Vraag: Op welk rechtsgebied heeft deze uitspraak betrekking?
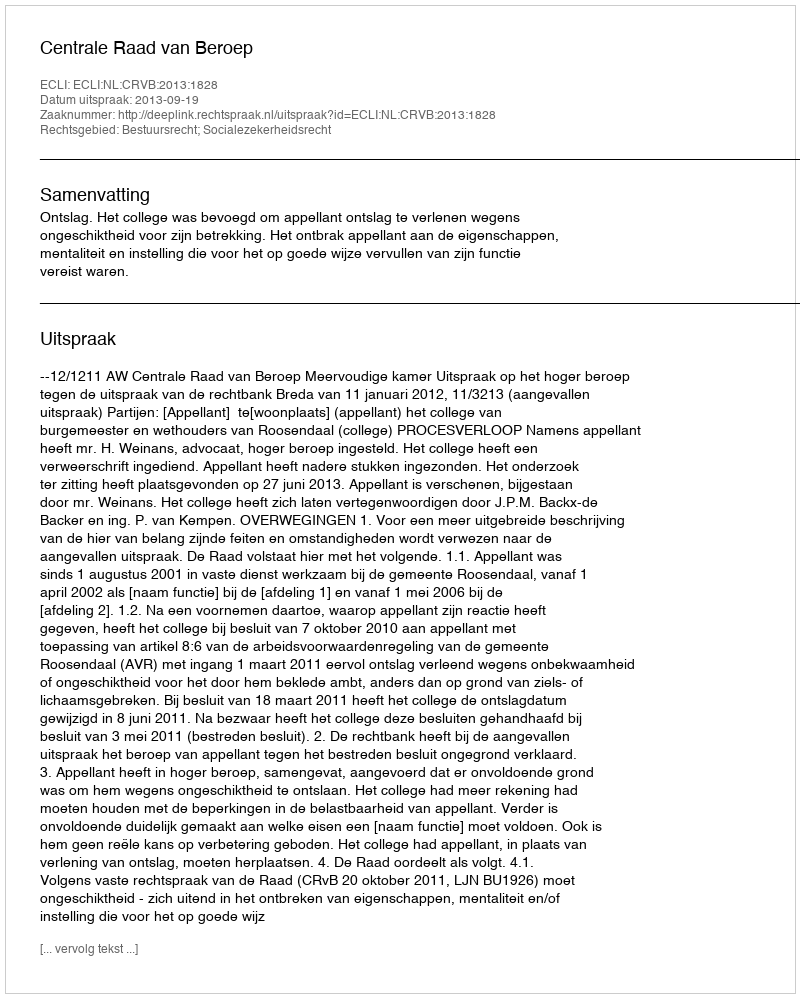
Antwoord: Bestuursrecht; Socialezekerheidsrecht